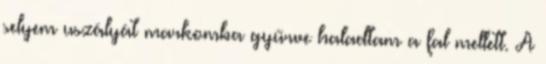
selyem uszályát markomba gyűrve haladtam a fal mellett. A